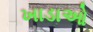
ખાડાઓ